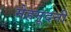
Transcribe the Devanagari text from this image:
मेहमूदनी